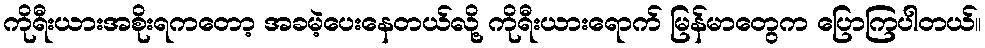
ကိုရီးယားအစိုးရကတော့ အခမဲ့ပေးနေတယ်လို့ ကိုရီးယားရောက် မြန်မာတွေက ပြောကြပါတယ်။